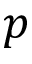
p